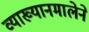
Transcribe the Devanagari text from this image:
व्याख्यानमालेने